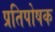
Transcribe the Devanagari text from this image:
प्रतिपोषक